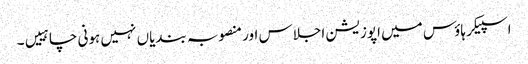
اسپیکر ہاؤس میں اپوزیشن اجلاس اور منصوبہ بندیاں نہیں ہونی چاہییں۔